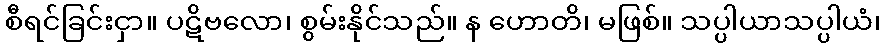
စီရင်ခြင်းငှာ။ ပဋိဗလော၊ စွမ်းနိုင်သည်။ န ဟောတိ၊ မဖြစ်။ သပ္ပါယာသပ္ပါယံ၊